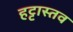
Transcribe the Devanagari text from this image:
हट्टास्तव